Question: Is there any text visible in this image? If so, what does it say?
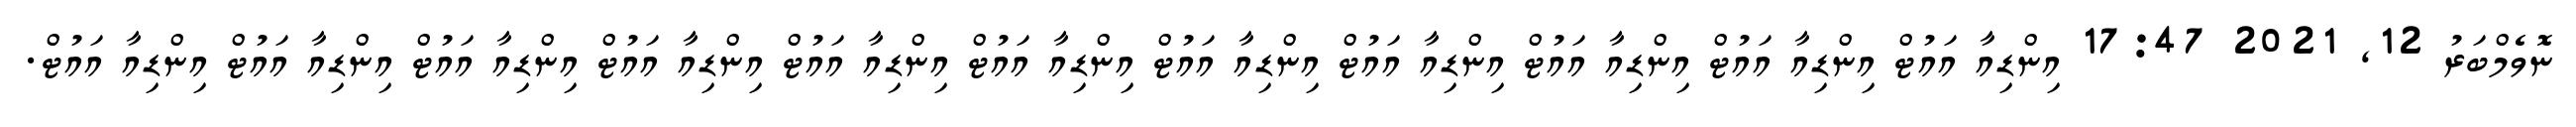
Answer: ނޮވެމްބަރު 12, 2021 17:47 އިންޑިއާ އައުޓް އިންޑިއާ އައުޓް އިންޑިއާ އައުޓް އިންޑިއާ އައުޓް އިންޑިއާ އައުޓް އިންޑިއާ އައުޓް އިންޑިއާ އައުޓް އިންޑިއާ އައުޓް އިންޑިއާ އައުޓް އިންޑިއާ އައުޓް އިންޑިއާ އައުޓް.